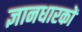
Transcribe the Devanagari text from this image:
ज्ञानधारकों